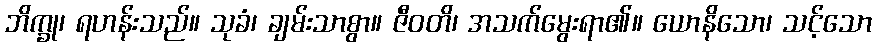
ဘိက္ခု၊ ရဟန်းသည်။ သုခံ၊ ချမ်းသာစွာ။ ဇီဝတိ၊ အသက်မွေးရာ၏။ ယောနိသော၊ သင့်သော